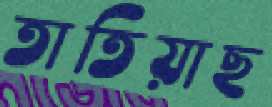
তাতিয়াছ